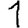
Digit: 1